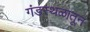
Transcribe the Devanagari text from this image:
गंडस्थळातून